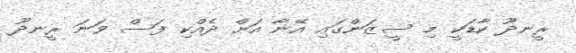
ރީނދޫ ކާޑަކީ މި ސީޒަންގައި އޭނާ އަށް ދެއްކި ފަސް ވަނަ ރީނދޫ